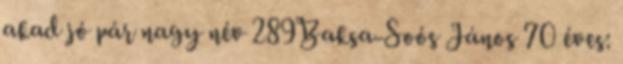
akad jó pár nagy név 289Baksa-Soós János 70 éves: